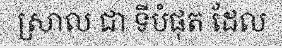
ស្រាល ជា ទីបំផុត ដែល